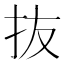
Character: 抜